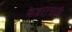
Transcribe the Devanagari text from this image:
फेडररसाठी